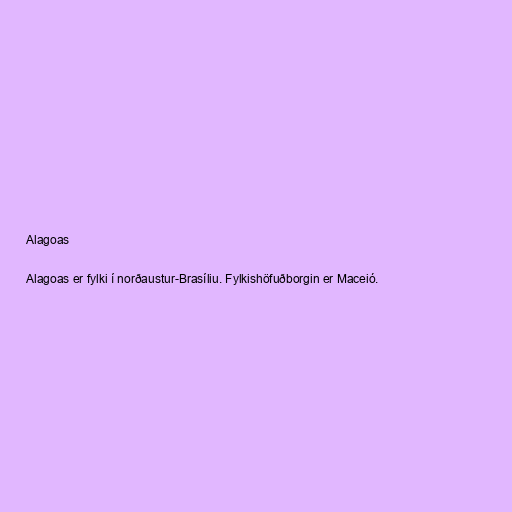
Alagoas

Alagoas er fylki í norðaustur-Brasíliu. Fylkishöfuðborgin er Maceió.